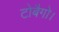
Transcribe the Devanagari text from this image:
टोबैगो।